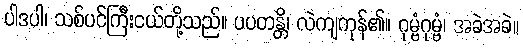
ပါဒပါ၊ သစ်ပင်ကြီးငယ်တို့သည်။ ပပတန္တိ၊ လဲကျကုန်၏။ ဂုမ္ဗံဂုမ္ဗံ၊ အခဲအခဲ။